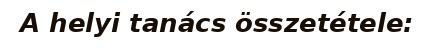
A helyi tanács összetétele: